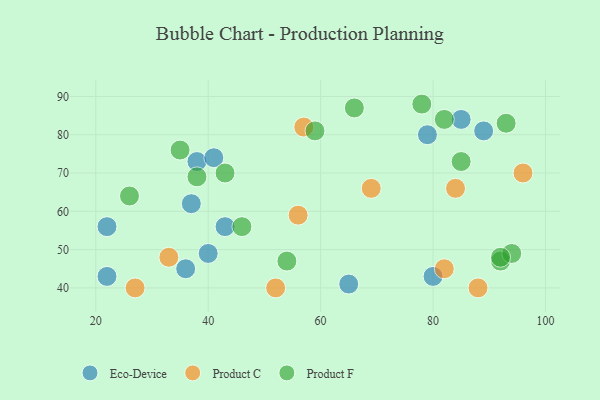
{"axis": {"x": "GDP", "y": "Life Expectancy"}, "legend": ["Eco-Device", "Product C", "Product F"], "data": [{"x": "80", "y": 43, "type": "Eco-Device"}, {"x": "79", "y": 80, "type": "Eco-Device"}, {"x": "36", "y": 45, "type": "Eco-Device"}, {"x": "22", "y": 56, "type": "Eco-Device"}, {"x": "40", "y": 49, "type": "Eco-Device"}, {"x": "65", "y": 41, "type": "Eco-Device"}, {"x": "37", "y": 62, "type": "Eco-Device"}, {"x": "38", "y": 73, "type": "Eco-Device"}, {"x": "43", "y": 56, "type": "Eco-Device"}, {"x": "85", "y": 84, "type": "Eco-Device"}, {"x": "22", "y": 43, "type": "Eco-Device"}, {"x": "89", "y": 81, "type": "Eco-Device"}, {"x": "41", "y": 74, "type": "Eco-Device"}, {"x": "84", "y": 66, "type": "Product C"}, {"x": "88", "y": 40, "type": "Product C"}, {"x": "56", "y": 59, "type": "Product C"}, {"x": "33", "y": 48, "type": "Product C"}, {"x": "57", "y": 82, "type": "Product C"}, {"x": "69", "y": 66, "type": "Product C"}, {"x": "52", "y": 40, "type": "Product C"}, {"x": "27", "y": 40, "type": "Product C"}, {"x": "96", "y": 70, "type": "Product C"}, {"x": "82", "y": 45, "type": "Product C"}, {"x": "92", "y": 47, "type": "Product F"}, {"x": "93", "y": 83, "type": "Product F"}, {"x": "59", "y": 81, "type": "Product F"}, {"x": "66", "y": 87, "type": "Product F"}, {"x": "94", "y": 49, "type": "Product F"}, {"x": "85", "y": 73, "type": "Product F"}, {"x": "26", "y": 64, "type": "Product F"}, {"x": "35", "y": 76, "type": "Product F"}, {"x": "92", "y": 48, "type": "Product F"}, {"x": "82", "y": 84, "type": "Product F"}, {"x": "78", "y": 88, "type": "Product F"}, {"x": "46", "y": 56, "type": "Product F"}, {"x": "43", "y": 70, "type": "Product F"}, {"x": "38", "y": 69, "type": "Product F"}, {"x": "54", "y": 47, "type": "Product F"}]}